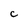
Character: c